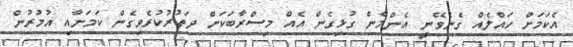
އެކަމަށް ހައްލެއް ގެނެވޭނީ އެންމެން ގުޅިގެން އެއް މިސްރާބަކަށް ދަތުރުކުރެވިގެން ކަމަށާއި އުމުރުން